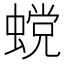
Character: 𰳏